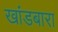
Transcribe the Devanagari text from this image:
खांडबारा